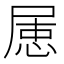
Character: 𡲦